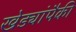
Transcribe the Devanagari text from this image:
खेड्यांपैकी